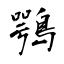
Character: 鶚